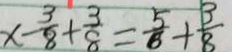
x - \frac { 3 } { 8 } + \frac { 3 } { 8 } = \frac { 5 } { 8 } + \frac { 3 } { 8 }